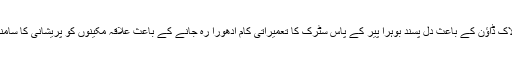
کراچی : لاک ڈاؤن کے باعث دل پسند بوہرا پیر کے پاس سٹرک کا تعمیراتی کام ادھورا رہ جانے کے باعث علاقہ مکینوں کو پریشانی کا سامنا رہتا ہے۔